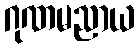
ဂုဏမညာယ